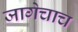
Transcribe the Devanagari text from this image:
जागेचाच